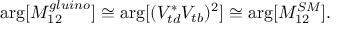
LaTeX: \arg [ M _ { 1 2 } ^ { g l u i n o } ] \cong \arg [ ( V _ { t d } ^ { * } V _ { t b } ) ^ { 2 } ] \cong \arg [ M _ { 1 2 } ^ { S M } ] .